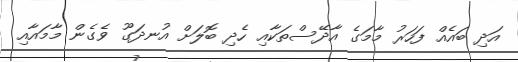
އަދި ބައެއް ފަހަރު މާމަގެ އާދޭސްތަކާއި ހެދި ބޮލަށް އުނދަގޫ ވެގެން މާމައާއި